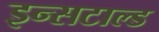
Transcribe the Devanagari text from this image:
इन्सटाल्ड